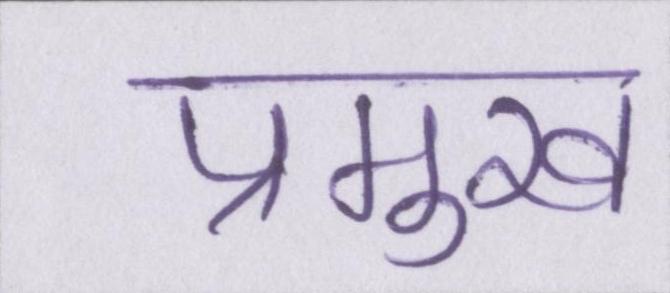
प्रमुख